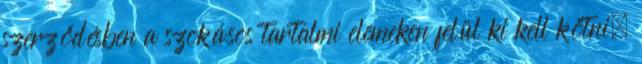
szerződésben a szokásos tartalmi elemeken felül ki kell kötni,